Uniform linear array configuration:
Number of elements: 24
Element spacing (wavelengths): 0.75
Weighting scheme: hann
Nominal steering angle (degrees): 15
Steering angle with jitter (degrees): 16.957
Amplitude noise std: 0.05
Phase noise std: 0.05

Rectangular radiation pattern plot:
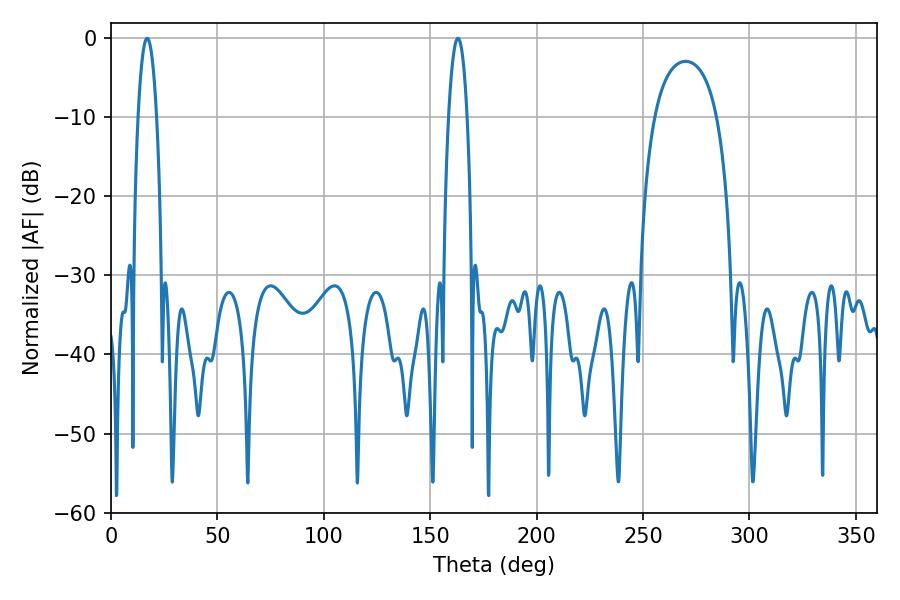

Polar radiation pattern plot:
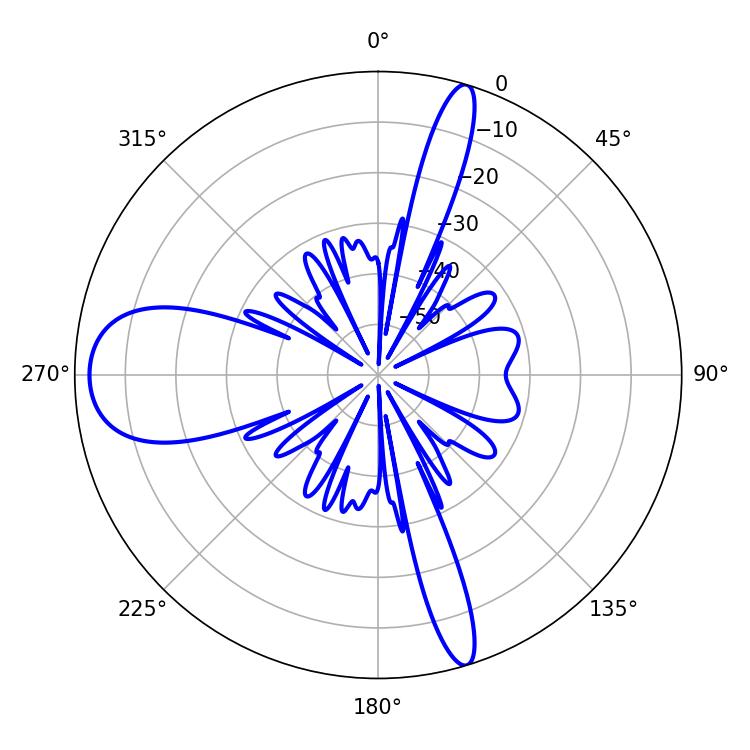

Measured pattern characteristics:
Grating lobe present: TRUE
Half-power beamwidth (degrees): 4.86
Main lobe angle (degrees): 16.92